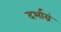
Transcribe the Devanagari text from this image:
दर्भाग्रं